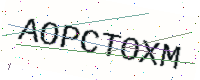
Text: AOPCTOXM